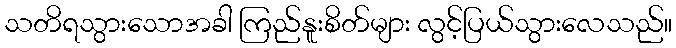
သတိရသွားသောအခါ ကြည်နူးစိတ်များ လွင့်ပြယ်သွားလေသည်။